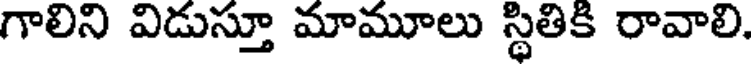
గాలిని విడుస్తూ మామూలు స్థితికి రావాలి,